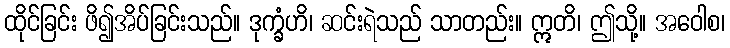
ထိုင်ခြင်း ဖိ၍အိပ်ခြင်းသည်။ ဒုက္ခံဟိ၊ ဆင်းရဲသည် သာတည်း။ ဣတိ၊ ဤသို့။ အဝေါစ၊